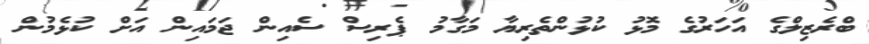
ބްރެޒިލްގެ އަހަރުގެ މޮޅު ކުޅުންތެރިޔާ މަގާމު ޕެރިސް ސެއިން ޖަމައިން އަށް ކުޅެމުން